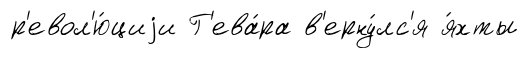
р'евол'ю́циjи Г'ева́ра в'ерну́лс'я я́хты